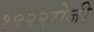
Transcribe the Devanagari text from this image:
१९२२रोजी